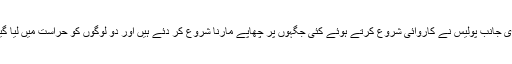
دوسری جانب پولیس نے کاروائی شروع کرتے ہوئے کئی جگہوں پر چھاپے مارنا شروع کر دئے ہیں اور دو لوگوں کو حراست میں لیا گیا ہے۔